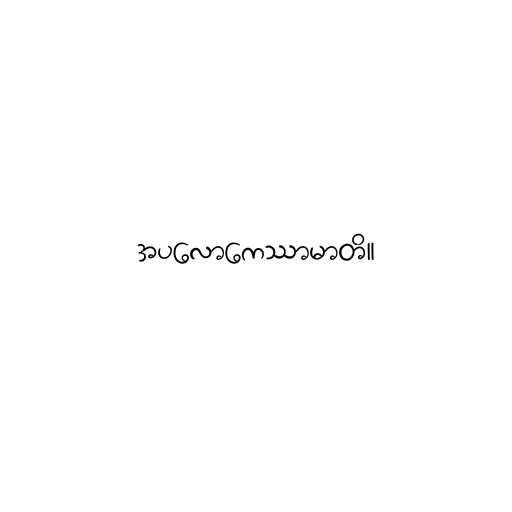
အပလောကေဿာမာတိ။